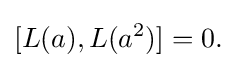
\displaystyle {[L(a),L(a^{2})]=0.}